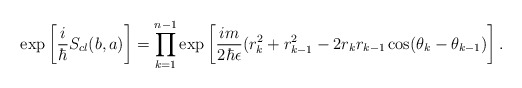
\begin{align*}\exp \left[\frac{i}{\hbar}S_{cl}(b,a)\right]=\prod_{k=1}^{n-1}\exp\left[ \frac{im}{2\hbar\epsilon}(r_{k}^{2}+r_{k-1}^2-2r_{k}r_{k-1}\cos(\theta_{k}-\theta_{k-1})\right].\end{align*}